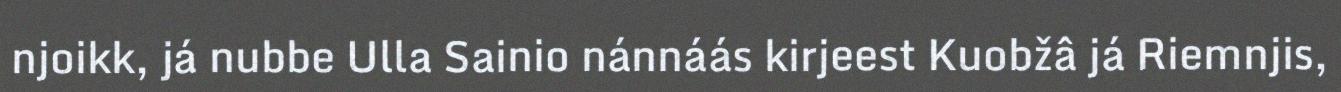
njoikk, já nubbe Ulla Sainio nánnáás kirjeest Kuobžâ já Riemnjis,